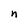
Character: n